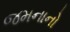
જમનાનો